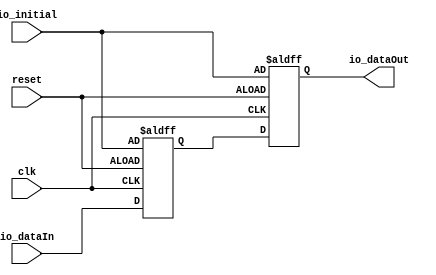
// Generator : SpinalHDL v0.10.15    git head : b2cc963be712aa10e43c07c8c2d261d3433a28ef
// Component : GSLCD


`define fsm_enumDefinition_binary_sequancial_type [2:0]
`define fsm_enumDefinition_binary_sequancial_boot 'b000
`define fsm_enumDefinition_binary_sequancial_fsm_idle 'b001
`define fsm_enumDefinition_binary_sequancial_fsm_startRead 'b010
`define fsm_enumDefinition_binary_sequancial_fsm_reading 'b011
`define fsm_enumDefinition_binary_sequancial_fsm_waiting 'b100

module BufferCC
( 
  input  [10:0] io_initial,
  input  [10:0] io_dataIn,
  output [10:0] io_dataOut,
  input   clk,
  input   reset 
);

  reg [10:0] buffers_0;
  reg [10:0] buffers_1;
  assign io_dataOut = buffers_1;
  always @ (posedge clk or posedge reset)
  begin
    if (reset) begin
      buffers_0 <= io_initial;
      buffers_1 <= io_initial;
    end else begin
      buffers_0 <= io_dataIn;
      buffers_1 <= buffers_0;
    end
  end

endmodule

module BufferCC_1
( 
  input  [10:0] io_initial,
  input  [10:0] io_dataIn,
  output [10:0] io_dataOut,
  input   pclk_clk,
  input   pclk_reset 
);

  reg [10:0] buffers_0;
  reg [10:0] buffers_1;
  assign io_dataOut = buffers_1;
  always @ (posedge pclk_clk or posedge pclk_reset)
  begin
    if (pclk_reset) begin
      buffers_0 <= io_initial;
      buffers_1 <= io_initial;
    end else begin
      buffers_0 <= io_dataIn;
      buffers_1 <= buffers_0;
    end
  end

endmodule

module StreamFifoCC
( 
  input   io_push_valid,
  output  io_push_ready,
  input  [31:0] io_push_payload,
  output  io_pop_valid,
  input   io_pop_ready,
  output [31:0] io_pop_payload,
  output [10:0] io_pushOccupancy,
  input   clk,
  input   reset,
  input   pclk_clk,
  input   pclk_reset 
);

  reg [31:0] ram [0:1023];
  wire [10:0] popToPushGray;
  wire [10:0] pushToPopGray;
  reg  pushCC_pushPtr_willIncrement;
  wire  pushCC_pushPtr_willClear;
  reg [10:0] pushCC_pushPtr_valueNext;
  reg [10:0] pushCC_pushPtr_value;
  wire [0:0] _1;
  wire [10:0] _2;
  wire [0:0] _3;
  wire [10:0] _4;
  wire [10:0] _5;
  reg [10:0] pushCC_pushPtrGray;
  wire [10:0] _6;
  wire [10:0] pushCC_popPtrGray;
  wire  pushCC_full;
  wire  _7;
  wire [9:0] ram_port1_address;
  wire [31:0] ram_port1_data;
  wire  ram_port1_enable;
  wire  _8;
  wire  _9;
  wire  _10;
  wire  _11;
  wire  _12;
  wire  _13;
  wire  _14;
  wire  _15;
  wire  _16;
  wire  _17;
  wire  _18;
  wire  _19;
  wire [10:0] _20;
  wire [10:0] _21;
  reg  popCC_popPtr_willIncrement;
  wire  popCC_popPtr_willClear;
  reg [10:0] popCC_popPtr_valueNext;
  reg [10:0] popCC_popPtr_value;
  wire [0:0] _22;
  wire [10:0] _23;
  wire [0:0] _24;
  wire [10:0] _25;
  wire [10:0] _26;
  reg [10:0] popCC_popPtrGray;
  wire [10:0] _27;
  wire [10:0] popCC_pushPtrGray;
  wire  popCC_empty;
  reg [31:0] ram_port2_data;
  wire [9:0] ram_port2_address;
  wire  ram_port2_enable;
  wire  _28;
  wire  _29;
  wire  _30;
  wire  _31;
  wire  _32;
  wire [10:0] _33;
  wire [10:0] _34;
  wire [9:0] _35;
  wire [9:0] _36;
  BufferCC bufferCC_5 ( 
    .io_initial(_6),
    .io_dataIn(popToPushGray),
    .io_dataOut(pushCC_popPtrGray),
    .clk(clk),
    .reset(reset) 
  );
  BufferCC_1 bufferCC_6 ( 
    .io_initial(_27),
    .io_dataIn(pushToPopGray),
    .io_dataOut(popCC_pushPtrGray),
    .pclk_clk(pclk_clk),
    .pclk_reset(pclk_reset) 
  );
  assign io_push_ready = _32;
  assign io_pop_valid = _31;
  assign io_pop_payload = ram_port2_data;
  assign io_pushOccupancy = _21;
  assign popToPushGray = popCC_popPtrGray;
  assign pushToPopGray = pushCC_pushPtrGray;
  assign pushCC_pushPtr_willClear = 1'b0;
  assign _1 = pushCC_pushPtr_willIncrement;
  assign _2 = (pushCC_pushPtr_value + _34);
  assign _3 = (1'b1);
  assign _4 = (pushCC_pushPtr_valueNext >>> _3);
  assign _5 = (_4 ^ pushCC_pushPtr_valueNext);
  assign _6 = (11'b00000000000);
  assign pushCC_full = ((pushCC_pushPtrGray[10 : 9] == (~ pushCC_popPtrGray[10 : 9])) && (pushCC_pushPtrGray[8 : 0] == pushCC_popPtrGray[8 : 0]));
  assign _7 = (io_push_valid && _32);
  assign ram_port1_address = _35;
  assign ram_port1_data = io_push_payload;
  assign ram_port1_enable = _7;
  assign _8 = 1'b1;
  assign _9 = 1'b0;
  assign _10 = (pushCC_popPtrGray[1] ^ _11);
  assign _11 = (pushCC_popPtrGray[2] ^ _12);
  assign _12 = (pushCC_popPtrGray[3] ^ _13);
  assign _13 = (pushCC_popPtrGray[4] ^ _14);
  assign _14 = (pushCC_popPtrGray[5] ^ _15);
  assign _15 = (pushCC_popPtrGray[6] ^ _16);
  assign _16 = (pushCC_popPtrGray[7] ^ _17);
  assign _17 = (pushCC_popPtrGray[8] ^ _18);
  assign _18 = (pushCC_popPtrGray[9] ^ _19);
  assign _19 = pushCC_popPtrGray[10];
  assign _20 = {_19,{_18,{_17,{_16,{_15,{_14,{_13,{_12,{_11,{_10,(pushCC_popPtrGray[0] ^ _10)}}}}}}}}}};
  assign _21 = (pushCC_pushPtr_value - _20);
  assign popCC_popPtr_willClear = 1'b0;
  assign _22 = popCC_popPtr_willIncrement;
  assign _23 = (popCC_popPtr_value + _33);
  assign _24 = (1'b1);
  assign _25 = (popCC_popPtr_valueNext >>> _24);
  assign _26 = (_25 ^ popCC_popPtr_valueNext);
  assign _27 = (11'b00000000000);
  assign popCC_empty = (popCC_popPtrGray == popCC_pushPtrGray);
  assign ram_port2_address = _36;
  assign ram_port2_enable = _28;
  assign _28 = 1'b1;
  assign _29 = 1'b1;
  assign _30 = 1'b0;
  assign _31 = (! popCC_empty);
  assign _32 = (! pushCC_full);
  assign _33 = _22;
  assign _34 = _1;
  assign _35 = pushCC_pushPtr_value;
  assign _36 = popCC_popPtr_valueNext;
  always @ (_7 or _8 or _9)
  begin
    pushCC_pushPtr_willIncrement = _9;
    if(_7)begin
      pushCC_pushPtr_willIncrement = _8;
    end
  end

  always @ (pushCC_pushPtr_willClear or _2)
  begin
    pushCC_pushPtr_valueNext = _2;
    if(pushCC_pushPtr_willClear)begin
      pushCC_pushPtr_valueNext = (11'b00000000000);
    end
  end

  always @ (io_pop_ready or _29 or _30 or _31)
  begin
    popCC_popPtr_willIncrement = _30;
    if((_31 && io_pop_ready))begin
      popCC_popPtr_willIncrement = _29;
    end
  end

  always @ (popCC_popPtr_willClear or _23)
  begin
    popCC_popPtr_valueNext = _23;
    if(popCC_popPtr_willClear)begin
      popCC_popPtr_valueNext = (11'b00000000000);
    end
  end

  always @ (posedge pclk_clk or posedge pclk_reset)
  begin
    if (pclk_reset) begin
      popCC_popPtr_value <= (11'b00000000000);
      popCC_popPtrGray <= (11'b00000000000);
    end else begin
      popCC_popPtr_value <= popCC_popPtr_valueNext;
      popCC_popPtrGray <= _26;
    end
  end

  always @ (posedge pclk_clk)
  begin
    ram_port2_data <= ram[ram_port2_address];
  end

  always @ (posedge clk or posedge reset)
  begin
    if (reset) begin
      pushCC_pushPtr_value <= (11'b00000000000);
      pushCC_pushPtrGray <= (11'b00000000000);
    end else begin
      pushCC_pushPtr_value <= pushCC_pushPtr_valueNext;
      pushCC_pushPtrGray <= _5;
    end
  end

  always @ (posedge clk)
  begin
    if(ram_port1_enable)begin
      ram[ram_port1_address] <= ram_port1_data;
    end
  end

endmodule

module BufferCC_2
( 
  input   io_initial,
  input   io_dataIn,
  output  io_dataOut,
  input   pclk_clk,
  input   reset 
);

  reg  buffers_0;
  reg  buffers_1;
  assign io_dataOut = buffers_1;
  always @ (posedge pclk_clk or posedge reset)
  begin
    if (reset) begin
      buffers_0 <= io_initial;
      buffers_1 <= io_initial;
    end else begin
      buffers_0 <= io_dataIn;
      buffers_1 <= buffers_0;
    end
  end

endmodule

module GSLCDFifo
( 
  input   io_push_valid,
  output  io_push_ready,
  input  [31:0] io_push_payload,
  output  io_pop_valid,
  input   io_pop_ready,
  output [31:0] io_pop_payload,
  output  io_almostFull,
  input   clk,
  input   reset,
  input   pclk_clk,
  input   pclk_reset 
);

  wire [10:0] _1;
  wire [10:0] _2;
  wire [10:0] fifo_io_pushOccupancy;
  StreamFifoCC fifo ( 
    .io_push_valid(io_push_valid),
    .io_push_ready(io_push_ready),
    .io_push_payload(io_push_payload),
    .io_pop_valid(io_pop_valid),
    .io_pop_ready(io_pop_ready),
    .io_pop_payload(io_pop_payload),
    .io_pushOccupancy(fifo_io_pushOccupancy),
    .clk(clk),
    .reset(reset),
    .pclk_clk(pclk_clk),
    .pclk_reset(pclk_reset) 
  );
  assign io_almostFull = (_2 < (11'b00001000000));
  assign _1 = (11'b10000000000);
  assign _2 = (_1 - fifo_io_pushOccupancy);
endmodule

module GSLCDTiming
( 
  input   io_enable,
  output  io_vsync,
  output  io_hsync,
  output  io_active,
  output  io_frameStart,
  output  io_readEn,
  input   pclk_clk,
  input   pclk_reset 
);

  reg [9:0] line;
  reg [9:0] pixel;
  wire  _1;
  reg  hSync;
  wire  _2;
  reg  vSync;
  wire  _3;
  reg  active;
  wire  _4;
  reg  readEn;
  wire [9:0] _5;
  wire  _6;
  wire [9:0] _7;
  wire [9:0] _8;
  wire [9:0] _9;
  wire  _10;
  wire  _11;
  wire  _12;
  wire  _13;
  wire  _14;
  wire  _15;
  wire [9:0] _16;
  wire  _17;
  wire  _18;
  wire  _19;
  wire  _20;
  wire  _21;
  wire  _22;
  assign io_vsync = vSync;
  assign io_hsync = hSync;
  assign io_active = active;
  assign io_frameStart = ((line == (10'b0000000000)) && (pixel == (10'b0000000000)));
  assign io_readEn = readEn;
  assign _1 = 1'b0;
  assign _2 = 1'b0;
  assign _3 = 1'b0;
  assign _4 = 1'b0;
  assign _5 = (10'b1110011111);
  assign _6 = (pixel == _5);
  assign _7 = (10'b1000001100);
  assign _8 = (line + (10'b0000000001));
  assign _9 = (pixel + (10'b0000000001));
  assign _10 = 1'b1;
  assign _11 = 1'b0;
  assign _12 = 1'b1;
  assign _13 = 1'b0;
  assign _14 = 1'b1;
  assign _15 = 1'b0;
  assign _16 = (10'b1110011111);
  assign _17 = 1'b1;
  assign _18 = 1'b0;
  assign _19 = 1'b0;
  assign _20 = 1'b1;
  assign _21 = 1'b0;
  assign _22 = 1'b0;
  always @ (posedge pclk_clk or posedge pclk_reset)
  begin
    if (pclk_reset) begin
      line <= (10'b0000000000);
      pixel <= (10'b0000000000);
      hSync <= _1;
      vSync <= _2;
      active <= _3;
      readEn <= _4;
    end else begin
      if(io_enable)begin
        if(_6)begin
          if((line == _7))begin
            line <= (10'b0000000000);
          end else begin
            line <= _8;
          end
          pixel <= (10'b0000000000);
        end else begin
          line <= line;
          pixel <= _9;
        end
        if((((10'b0000101000) <= pixel) && (pixel < (10'b0001011000))))begin
          hSync <= _10;
        end else begin
          hSync <= _11;
        end
        if((((10'b0000001101) <= line) && (line < (10'b0000010000))))begin
          vSync <= _12;
        end else begin
          vSync <= _13;
        end
        if((((10'b0000101101) <= line) && ((10'b0010000000) <= pixel)))begin
          active <= _14;
        end else begin
          active <= _15;
        end
        if(((((10'b0000101101) <= line) && ((10'b0001111111) <= pixel)) && (pixel < _16)))begin
          readEn <= _17;
        end else begin
          readEn <= _18;
        end
      end else begin
        line <= (10'b0000000000);
        pixel <= (10'b0000000000);
        hSync <= _21;
        vSync <= _20;
        active <= _19;
        readEn <= _22;
      end
    end
  end

endmodule

module BufferCC_3
( 
  input   io_dataIn,
  output  io_dataOut,
  input   pclk_clk 
);

  reg  buffers_0;
  reg  buffers_1;
  assign io_dataOut = buffers_1;
  always @ (posedge pclk_clk)
  begin
    buffers_0 <= io_dataIn;
    buffers_1 <= buffers_0;
  end

endmodule

module GSLCD32To24
( 
  input   io_readEn,
  input   io_data32_valid,
  output  io_data32_ready,
  input  [31:0] io_data32_payload,
  output [23:0] io_data24,
  input   pclk_clk,
  input   pclk_reset 
);

  reg [47:0] temp;
  wire [47:0] _1;
  reg [1:0] state;
  wire [1:0] _2;
  wire  _3;
  wire  _4;
  wire [1:0] _5;
  wire [1:0] _6;
  wire  _7;
  wire [1:0] _8;
  assign io_data32_ready = (io_readEn && (state != _2));
  assign io_data24 = temp[23 : 0];
  assign _1 = (48'b000000000000000000000000000000000000000000000000);
  assign _2 = (2'b11);
  assign _3 = (state == (2'b00));
  assign _4 = (state == (2'b01));
  assign _5 = (2'b10);
  assign _6 = (2'b10);
  assign _7 = (state == _6);
  assign _8 = (2'b11);
  always @ (posedge pclk_clk or posedge pclk_reset)
  begin
    if (pclk_reset) begin
      temp <= _1;
      state <= (2'b00);
    end else begin
      if(io_readEn)begin
        case(state)
          (2'b00) : begin
            if(io_data32_valid)begin
              temp[31 : 0] <= io_data32_payload;
              state <= (2'b01);
            end
          end
          (2'b01) : begin
            if(io_data32_valid)begin
              temp[7 : 0] <= temp[31 : 24];
              temp[39 : 8] <= io_data32_payload;
              state <= _5;
            end
          end
          (2'b10) : begin
            if(io_data32_valid)begin
              temp[15 : 0] <= temp[39 : 24];
              temp[47 : 16] <= io_data32_payload;
              state <= _8;
            end
          end
          default : begin
            temp[23 : 0] <= temp[47 : 24];
            state <= (2'b00);
          end
        endcase
      end
    end
  end

endmodule

module GSLCDDMA
( 
  input   io_enable,
  input   io_frameStart,
  input  [31:0] io_framePtr,
  output  io_ar_valid,
  input   io_ar_ready,
  output [31:0] io_ar_payload_addr,
  output [7:0] io_ar_payload_len,
  output [2:0] io_ar_payload_size,
  output [1:0] io_ar_payload_burst,
  output [0:0] io_ar_payload_lock,
  output [3:0] io_ar_payload_cache,
  output [3:0] io_ar_payload_qos,
  output [2:0] io_ar_payload_prot,
  input   io_rLast,
  input   io_fifoAlmostFull,
  input   clk,
  input   reset 
);

  reg [31:0] addrReg;
  reg  validReg;
  wire  _1;
  reg [13:0] fsm_counter;
  wire  _2;
  wire [1:0] _3;
  wire [0:0] _4;
  wire [3:0] _5;
  wire [3:0] _6;
  wire [2:0] _7;
  reg `fsm_enumDefinition_binary_sequancial_type fsm_stateReg;
  reg `fsm_enumDefinition_binary_sequancial_type fsm_stateNext;
  wire `fsm_enumDefinition_binary_sequancial_type _8;
  wire `fsm_enumDefinition_binary_sequancial_type _9;
  wire  _10;
  wire  _11;
  wire  _12;
  wire `fsm_enumDefinition_binary_sequancial_type _13;
  wire `fsm_enumDefinition_binary_sequancial_type _14;
  wire  _15;
  wire [13:0] _16;
  wire `fsm_enumDefinition_binary_sequancial_type _17;
  wire  _18;
  wire `fsm_enumDefinition_binary_sequancial_type _19;
  wire  _20;
  wire  _21;
  wire `fsm_enumDefinition_binary_sequancial_type _22;
  wire `fsm_enumDefinition_binary_sequancial_type _23;
  wire [31:0] _24;
  wire  _25;
  wire `fsm_enumDefinition_binary_sequancial_type _26;
  wire `fsm_enumDefinition_binary_sequancial_type _27;
  wire  _28;
  wire  _29;
  wire [31:0] _30;
  wire  _31;
  wire `fsm_enumDefinition_binary_sequancial_type _32;
  wire `fsm_enumDefinition_binary_sequancial_type _33;
  assign io_ar_valid = validReg;
  assign io_ar_payload_addr = addrReg;
  assign io_ar_payload_len = (8'b00111111);
  assign io_ar_payload_size = (3'b010);
  assign io_ar_payload_burst = _3;
  assign io_ar_payload_lock = _4;
  assign io_ar_payload_cache = _5;
  assign io_ar_payload_qos = _6;
  assign io_ar_payload_prot = _7;
  assign _1 = 1'b0;
  assign _2 = 1'b0;
  assign _3 = (2'b01);
  assign _4 = (1'b0);
  assign _5 = (4'b0010);
  assign _6 = (4'b0000);
  assign _7 = (3'b000);
  assign _8 = `fsm_enumDefinition_binary_sequancial_boot;
  assign _9 = `fsm_enumDefinition_binary_sequancial_fsm_idle;
  assign _10 = (fsm_stateReg == _9);
  assign _11 = (io_frameStart && io_enable);
  assign _12 = 1'b1;
  assign _13 = `fsm_enumDefinition_binary_sequancial_fsm_startRead;
  assign _14 = `fsm_enumDefinition_binary_sequancial_fsm_startRead;
  assign _15 = (fsm_stateReg == _14);
  assign _16 = (fsm_counter + (14'b00000000000001));
  assign _17 = `fsm_enumDefinition_binary_sequancial_fsm_reading;
  assign _18 = 1'b1;
  assign _19 = `fsm_enumDefinition_binary_sequancial_fsm_reading;
  assign _20 = (fsm_stateReg == _19);
  assign _21 = (fsm_counter == (14'b01000110010100));
  assign _22 = `fsm_enumDefinition_binary_sequancial_fsm_idle;
  assign _23 = `fsm_enumDefinition_binary_sequancial_fsm_waiting;
  assign _24 = (addrReg + (32'b00000000000000000000000100000000));
  assign _25 = 1'b1;
  assign _26 = `fsm_enumDefinition_binary_sequancial_fsm_startRead;
  assign _27 = `fsm_enumDefinition_binary_sequancial_fsm_waiting;
  assign _28 = (fsm_stateReg == _27);
  assign _29 = (! io_fifoAlmostFull);
  assign _30 = (addrReg + (32'b00000000000000000000000100000000));
  assign _31 = 1'b1;
  assign _32 = `fsm_enumDefinition_binary_sequancial_fsm_startRead;
  assign _33 = `fsm_enumDefinition_binary_sequancial_fsm_idle;
  always @ (io_ar_ready or io_rLast or io_fifoAlmostFull or fsm_stateReg or _11 or _13 or _17 or _21 or _22 or _23 or _26 or _29 or _32 or _33)
  begin
    fsm_stateNext = fsm_stateReg;
    case(fsm_stateReg)
      `fsm_enumDefinition_binary_sequancial_fsm_idle : begin
        if(_11)begin
          fsm_stateNext = _13;
        end
      end
      `fsm_enumDefinition_binary_sequancial_fsm_startRead : begin
        if(io_ar_ready)begin
          fsm_stateNext = _17;
        end
      end
      `fsm_enumDefinition_binary_sequancial_fsm_reading : begin
        if(io_rLast)begin
          if(_21)begin
            fsm_stateNext = _22;
          end else begin
            if(io_fifoAlmostFull)begin
              fsm_stateNext = _23;
            end else begin
              fsm_stateNext = _26;
            end
          end
        end
      end
      `fsm_enumDefinition_binary_sequancial_fsm_waiting : begin
        if(_29)begin
          fsm_stateNext = _32;
        end
      end
      default : begin
        fsm_stateNext = _33;
      end
    endcase
  end

  always @ (posedge clk or posedge reset)
  begin
    if (reset) begin
      addrReg <= (32'b00000000000000000000000000000000);
      validReg <= _1;
      fsm_counter <= (14'b00000000000000);
      fsm_stateReg <= _8;
    end else begin
      addrReg <= addrReg;
      validReg <= _2;
      fsm_counter <= fsm_counter;
      case(fsm_stateReg)
        `fsm_enumDefinition_binary_sequancial_fsm_idle : begin
          if(_11)begin
            addrReg <= io_framePtr;
            validReg <= _12;
          end
        end
        `fsm_enumDefinition_binary_sequancial_fsm_startRead : begin
          if(io_ar_ready)begin
            fsm_counter <= _16;
          end else begin
            validReg <= _18;
          end
        end
        `fsm_enumDefinition_binary_sequancial_fsm_reading : begin
          if(io_rLast)begin
            if(_21)begin
              fsm_counter <= (14'b00000000000000);
            end else begin
              if(io_fifoAlmostFull)begin
              end else begin
                addrReg <= _24;
                validReg <= _25;
              end
            end
          end
        end
        `fsm_enumDefinition_binary_sequancial_fsm_waiting : begin
          if(_29)begin
            addrReg <= _30;
            validReg <= _31;
          end
        end
        default : begin
        end
      endcase
      fsm_stateReg <= fsm_stateNext;
    end
  end

endmodule

module BufferCC_4
( 
  input   io_dataIn,
  output  io_dataOut,
  input   clk 
);

  reg  buffers_0;
  reg  buffers_1;
  assign io_dataOut = buffers_1;
  always @ (posedge clk)
  begin
    buffers_0 <= io_dataIn;
    buffers_1 <= buffers_0;
  end

endmodule

module GSLCD
( 
  input   io_slaveBus_aw_valid,
  output  io_slaveBus_aw_ready,
  input  [31:0] io_slaveBus_aw_payload_addr,
  input  [2:0] io_slaveBus_aw_payload_prot,
  input   io_slaveBus_w_valid,
  output  io_slaveBus_w_ready,
  input  [31:0] io_slaveBus_w_payload_data,
  input  [3:0] io_slaveBus_w_payload_strb,
  output  io_slaveBus_b_valid,
  input   io_slaveBus_b_ready,
  output reg [1:0] io_slaveBus_b_payload_resp,
  input   io_slaveBus_ar_valid,
  output  io_slaveBus_ar_ready,
  input  [31:0] io_slaveBus_ar_payload_addr,
  input  [2:0] io_slaveBus_ar_payload_prot,
  output  io_slaveBus_r_valid,
  input   io_slaveBus_r_ready,
  output [31:0] io_slaveBus_r_payload_data,
  output [1:0] io_slaveBus_r_payload_resp,
  output  io_masterBus_aw_valid,
  input   io_masterBus_aw_ready,
  output [31:0] io_masterBus_aw_payload_addr,
  output [7:0] io_masterBus_aw_payload_len,
  output [2:0] io_masterBus_aw_payload_size,
  output [1:0] io_masterBus_aw_payload_burst,
  output [0:0] io_masterBus_aw_payload_lock,
  output [3:0] io_masterBus_aw_payload_cache,
  output [3:0] io_masterBus_aw_payload_qos,
  output [2:0] io_masterBus_aw_payload_prot,
  output  io_masterBus_w_valid,
  input   io_masterBus_w_ready,
  output [31:0] io_masterBus_w_payload_data,
  output [3:0] io_masterBus_w_payload_strb,
  output  io_masterBus_w_payload_last,
  input   io_masterBus_b_valid,
  output  io_masterBus_b_ready,
  input  [1:0] io_masterBus_b_payload_resp,
  output  io_masterBus_ar_valid,
  input   io_masterBus_ar_ready,
  output [31:0] io_masterBus_ar_payload_addr,
  output [7:0] io_masterBus_ar_payload_len,
  output [2:0] io_masterBus_ar_payload_size,
  output [1:0] io_masterBus_ar_payload_burst,
  output [0:0] io_masterBus_ar_payload_lock,
  output [3:0] io_masterBus_ar_payload_cache,
  output [3:0] io_masterBus_ar_payload_qos,
  output [2:0] io_masterBus_ar_payload_prot,
  input   io_masterBus_r_valid,
  output  io_masterBus_r_ready,
  input  [31:0] io_masterBus_r_payload_data,
  input  [1:0] io_masterBus_r_payload_resp,
  input   io_masterBus_r_payload_last,
  input   io_pclk,
  output  io_den,
  output  io_vsync,
  output  io_hsync,
  output reg [23:0] io_data,
  input   reset,
  input   clk 
);

  wire  slaveBusCtrl_writeJoinEvent_valid;
  wire  slaveBusCtrl_writeJoinEvent_ready;
  wire  _1;
  wire [1:0] slaveBusCtrl_writeRsp_resp;
  wire  _2;
  reg  _3;
  wire  _4;
  wire  _5;
  reg  slaveBusCtrl_readDataStage_valid;
  wire  slaveBusCtrl_readDataStage_ready;
  wire [31:0] slaveBusCtrl_readDataStage_payload_addr;
  wire  _6;
  reg [31:0] _7;
  wire  _8;
  reg [31:0] slaveBusCtrl_readRsp_data;
  wire [1:0] slaveBusCtrl_readRsp_resp;
  wire [1:0] _9;
  wire [1:0] _10;
  reg [0:0] ctrlReg;
  wire [0:0] _11;
  reg [31:0] framePtrReg;
  wire  enable;
  wire  pclk_clk;
  wire  pclk_reset;
  wire  _12;
  wire  _13;
  wire  _14;
  wire [1:0] _15;
  wire [0:0] _16;
  wire [3:0] _17;
  wire [3:0] _18;
  wire [2:0] _19;
  wire  _20;
  wire [31:0] _21;
  wire [3:0] _22;
  wire  _23;
  wire  _24;
  wire  _25;
  wire [31:0] _26;
  wire  fifo_io_almostFull;
  wire  pixelClockArea_widthConverter_io_data32_ready;
  wire  fifo_io_pop_valid;
  wire  pixelClockArea_timing_io_readEn;
  wire  _27;
  wire  _28;
  wire  pixelClockArea_timing_io_frameStart;
  wire [23:0] pixelClockArea_widthConverter_io_data24;
  wire [31:0] fifo_io_pop_payload;
  wire  _29;
  BufferCC_2 bufferCC_5 ( 
    .io_initial(_13),
    .io_dataIn(_12),
    .io_dataOut(pclk_reset),
    .pclk_clk(pclk_clk),
    .reset(reset) 
  );
  GSLCDFifo fifo ( 
    .io_push_valid(io_masterBus_r_valid),
    .io_push_ready(io_masterBus_r_ready),
    .io_push_payload(io_masterBus_r_payload_data),
    .io_pop_valid(fifo_io_pop_valid),
    .io_pop_ready(pixelClockArea_widthConverter_io_data32_ready),
    .io_pop_payload(fifo_io_pop_payload),
    .io_almostFull(fifo_io_almostFull),
    .clk(clk),
    .reset(reset),
    .pclk_clk(pclk_clk),
    .pclk_reset(pclk_reset) 
  );
  GSLCDTiming pixelClockArea_timing ( 
    .io_enable(_27),
    .io_vsync(io_vsync),
    .io_hsync(io_hsync),
    .io_active(io_den),
    .io_frameStart(pixelClockArea_timing_io_frameStart),
    .io_readEn(pixelClockArea_timing_io_readEn),
    .pclk_clk(pclk_clk),
    .pclk_reset(pclk_reset) 
  );
  BufferCC_3 bufferCC_6 ( 
    .io_dataIn(enable),
    .io_dataOut(_27),
    .pclk_clk(pclk_clk) 
  );
  GSLCD32To24 pixelClockArea_widthConverter ( 
    .io_readEn(pixelClockArea_timing_io_readEn),
    .io_data32_valid(fifo_io_pop_valid),
    .io_data32_ready(pixelClockArea_widthConverter_io_data32_ready),
    .io_data32_payload(fifo_io_pop_payload),
    .io_data24(pixelClockArea_widthConverter_io_data24),
    .pclk_clk(pclk_clk),
    .pclk_reset(pclk_reset) 
  );
  GSLCDDMA dma ( 
    .io_enable(enable),
    .io_frameStart(_28),
    .io_framePtr(framePtrReg),
    .io_ar_valid(io_masterBus_ar_valid),
    .io_ar_ready(io_masterBus_ar_ready),
    .io_ar_payload_addr(io_masterBus_ar_payload_addr),
    .io_ar_payload_len(io_masterBus_ar_payload_len),
    .io_ar_payload_size(io_masterBus_ar_payload_size),
    .io_ar_payload_burst(io_masterBus_ar_payload_burst),
    .io_ar_payload_lock(io_masterBus_ar_payload_lock),
    .io_ar_payload_cache(io_masterBus_ar_payload_cache),
    .io_ar_payload_qos(io_masterBus_ar_payload_qos),
    .io_ar_payload_prot(io_masterBus_ar_payload_prot),
    .io_rLast(io_masterBus_r_payload_last),
    .io_fifoAlmostFull(fifo_io_almostFull),
    .clk(clk),
    .reset(reset) 
  );
  BufferCC_4 bufferCC_7 ( 
    .io_dataIn(pixelClockArea_timing_io_frameStart),
    .io_dataOut(_28),
    .clk(clk) 
  );
  assign io_slaveBus_aw_ready = _1;
  assign io_slaveBus_w_ready = _1;
  assign io_slaveBus_b_valid = _3;
  assign io_slaveBus_ar_ready = _29;
  assign io_slaveBus_r_valid = slaveBusCtrl_readDataStage_valid;
  assign io_slaveBus_r_payload_data = slaveBusCtrl_readRsp_data;
  assign io_slaveBus_r_payload_resp = slaveBusCtrl_readRsp_resp;
  assign io_masterBus_aw_valid = _14;
  assign io_masterBus_aw_payload_addr = (32'b00000000000000000000000000000000);
  assign io_masterBus_aw_payload_len = (8'b00000000);
  assign io_masterBus_aw_payload_size = (3'b000);
  assign io_masterBus_aw_payload_burst = _15;
  assign io_masterBus_aw_payload_lock = _16;
  assign io_masterBus_aw_payload_cache = _17;
  assign io_masterBus_aw_payload_qos = _18;
  assign io_masterBus_aw_payload_prot = _19;
  assign io_masterBus_w_valid = _20;
  assign io_masterBus_w_payload_data = _21;
  assign io_masterBus_w_payload_strb = _22;
  assign io_masterBus_w_payload_last = _23;
  assign io_masterBus_b_ready = _24;
  assign slaveBusCtrl_writeJoinEvent_valid = (io_slaveBus_aw_valid && io_slaveBus_w_valid);
  assign slaveBusCtrl_writeJoinEvent_ready = _2;
  assign _1 = (slaveBusCtrl_writeJoinEvent_valid && slaveBusCtrl_writeJoinEvent_ready);
  assign slaveBusCtrl_writeRsp_resp = _9;
  assign _2 = ((_5 && (! _3)) || io_slaveBus_b_ready);
  assign _4 = 1'b0;
  assign _5 = 1'b1;
  assign slaveBusCtrl_readDataStage_ready = io_slaveBus_r_ready;
  assign slaveBusCtrl_readDataStage_payload_addr = _7;
  assign _6 = 1'b0;
  assign _8 = 1'b1;
  assign slaveBusCtrl_readRsp_resp = _10;
  assign _9 = (2'b00);
  assign _10 = (2'b00);
  assign _11 = (1'b0);
  assign enable = ctrlReg[0];
  assign pclk_clk = io_pclk;
  assign _12 = 1'b0;
  assign _13 = 1'b1;
  assign _14 = 1'b0;
  assign _15 = (2'b00);
  assign _16 = (1'b0);
  assign _17 = (4'b0000);
  assign _18 = (4'b0000);
  assign _19 = (3'b000);
  assign _20 = 1'b0;
  assign _21 = (32'b00000000000000000000000000000000);
  assign _22 = (4'b0000);
  assign _23 = 1'b0;
  assign _24 = 1'b0;
  assign _25 = (slaveBusCtrl_writeJoinEvent_valid && slaveBusCtrl_writeJoinEvent_ready);
  assign _26 = io_slaveBus_w_payload_data[31 : 0];
  assign _29 = ((_8 && (! slaveBusCtrl_readDataStage_valid)) || slaveBusCtrl_readDataStage_ready);
  always @ (pixelClockArea_widthConverter_io_data24)
  begin
    io_data[7 : 0] = pixelClockArea_widthConverter_io_data24[23 : 16];
    io_data[15 : 8] = pixelClockArea_widthConverter_io_data24[15 : 8];
    io_data[23 : 16] = pixelClockArea_widthConverter_io_data24[7 : 0];
  end

  always @ (slaveBusCtrl_readDataStage_payload_addr or ctrlReg or framePtrReg)
  begin
    slaveBusCtrl_readRsp_data = (32'b00000000000000000000000000000000);
    if((slaveBusCtrl_readDataStage_payload_addr == (32'b00000000000000000000000000000100)))begin
      slaveBusCtrl_readRsp_data[31 : 0] = framePtrReg;
    end
    if((slaveBusCtrl_readDataStage_payload_addr == (32'b00000000000000000000000000000000)))begin
      slaveBusCtrl_readRsp_data[0 : 0] = ctrlReg;
    end
  end

  always @ (posedge clk or posedge reset)
  begin
    if (reset) begin
      _3 <= _4;
      slaveBusCtrl_readDataStage_valid <= _6;
      ctrlReg <= _11;
      framePtrReg <= (32'b00000000000000000000000000000000);
    end else begin
      if(_2)begin
        _3 <= slaveBusCtrl_writeJoinEvent_valid;
      end
      if(_29)begin
        slaveBusCtrl_readDataStage_valid <= io_slaveBus_ar_valid;
      end
      if((io_slaveBus_aw_payload_addr == (32'b00000000000000000000000000000000)))begin
        if(_25)begin
          ctrlReg <= io_slaveBus_w_payload_data[0 : 0];
        end
      end
      if((io_slaveBus_aw_payload_addr == (32'b00000000000000000000000000000100)))begin
        if(_25)begin
          framePtrReg <= _26;
        end
      end
    end
  end

  always @ (posedge clk)
  begin
    if(_2)begin
      io_slaveBus_b_payload_resp <= slaveBusCtrl_writeRsp_resp;
    end
    if(_29)begin
      _7 <= io_slaveBus_ar_payload_addr;
    end
  end

endmodule